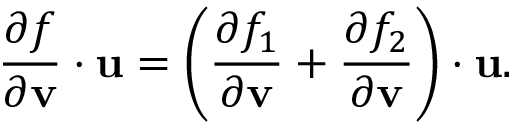
{ \frac { \partial f } { \partial \mathbf { v } } } \cdot \mathbf { u } = \left( { \frac { \partial f _ { 1 } } { \partial \mathbf { v } } } + { \frac { \partial f _ { 2 } } { \partial \mathbf { v } } } \right) \cdot \mathbf { u } .